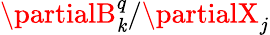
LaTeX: \partialB_{\mathit{k}}^{q}/\partialX_{j}